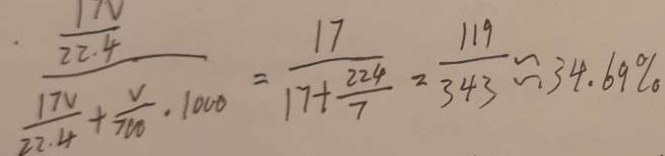
\frac { \frac { 1 N } { 2 2 . 4 } } { \frac { 1 7 V } { 2 2 . 4 } + \frac { V } { 7 0 0 } \cdot 1 0 0 0 } = \frac { 1 7 } { 1 7 + \frac { 2 2 4 } { 7 } } = \frac { 1 1 9 } { 3 4 3 } \approx 3 4 . 6 9 \%